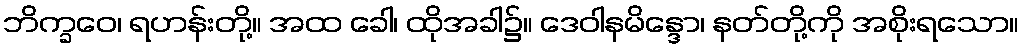
ဘိက္ခဝေ၊ ရဟန်းတို့။ အထ ခေါ၊ ထိုအခါ၌။ ဒေဝါနမိန္ဒော၊ နတ်တို့ကို အစိုးရသော။